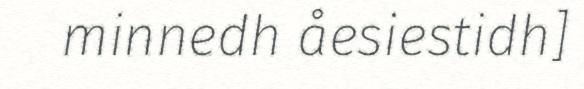
minnedh åesiestidh]